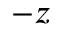
- z